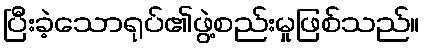
ပြီးခဲ့သောရုပ်၏ဖွဲ့စည်းမှုဖြစ်သည်။